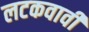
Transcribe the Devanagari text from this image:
लटकवावी